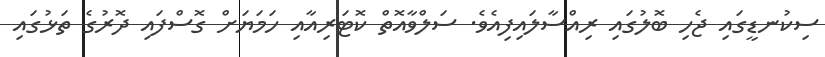
ސިކުނޑީގައި ޖެހި ބޮލުގައި ރިއްސާލައިފިއެވެ. ސަލްވާއޮތް ކޮޓަރިއާއި ހަމަޔަށް ގޮސްފައި ދޮރުގެ ތަޅުގައި